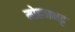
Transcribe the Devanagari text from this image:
मोहनभट्ट